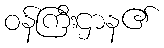
ဝန်ကြီးဌာန၏